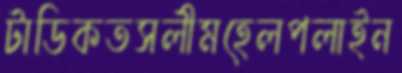
টাডিকতসলীমহেলপলাইন